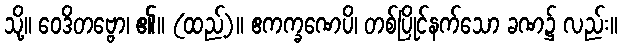
သို့။ ဝေဒိတဗ္ဗော၊ ၏။ (ထည့်)။ ဧကက္ခဏေပိ၊ တစ်ပြိုင်နက်သော ခဏ၌ လည်း။